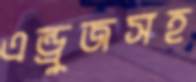
এন্ড্রুজসহ